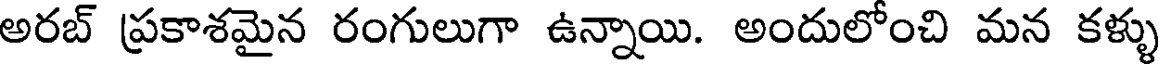
అరబ్ ప్రకాశమైన రంగులుగా ఉన్నాయి. అందులోంచి మన కళ్ళు